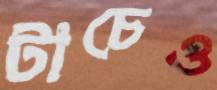
টাচেও